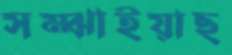
সম্‌ঝাইয়াছ